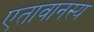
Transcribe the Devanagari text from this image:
एतावानस्य